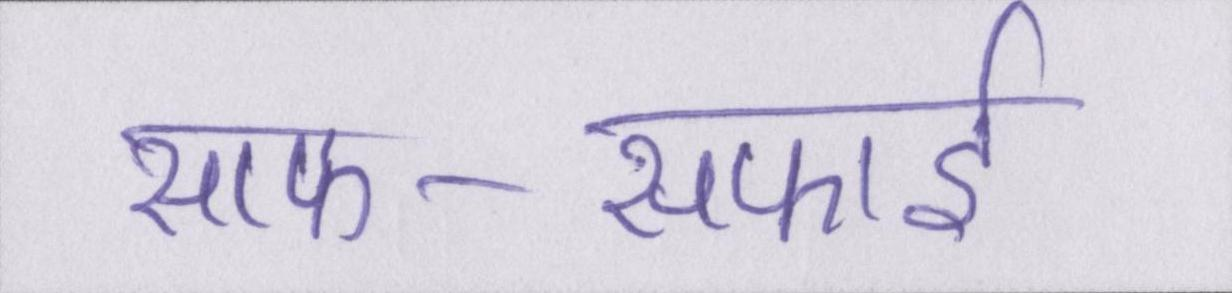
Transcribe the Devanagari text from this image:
साफ-सफाई